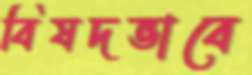
বিষদভাবে